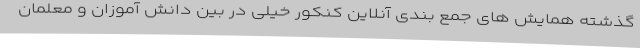
گذشته همایش های جمع بندی آنلاین کنکور خیلی در بین دانش آموزان و معلمان